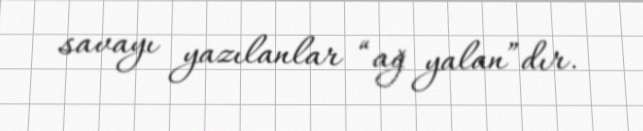
savayı yazılanlar “ağ yalan”dır.